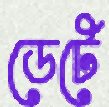
ডেটে